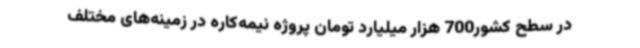
در سطح کشور700 هزار میلیارد تومان پروژه نیمه‌کاره در زمینه‌های مختلف